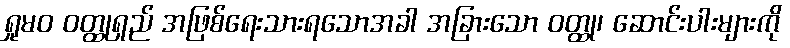
ရှုမဝ ဝတ္ထုရှည် အဖြစ်ရေးသားရသောအခါ အခြားသော ဝတ္ထု၊ ဆောင်းပါးများကို